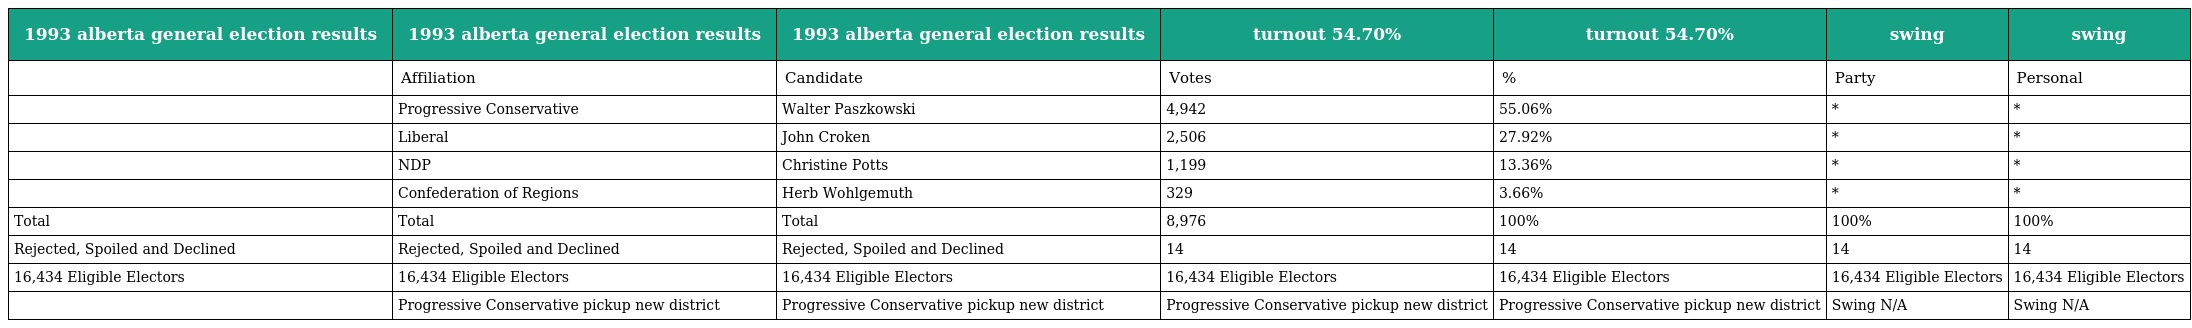
| 1993 alberta general election results | 1993 alberta general election results | 1993 alberta general election results | turnout 54.70% | turnout 54.70% | swing | swing |
 | --- | --- | --- | --- | --- | --- | --- |
 |  | Affiliation | Candidate | Votes | % | Party | Personal |
 |  | Progressive Conservative | Walter Paszkowski | 4,942 | 55.06% | * | * |
 |  | Liberal | John Croken | 2,506 | 27.92% | * | * |
 |  | NDP | Christine Potts | 1,199 | 13.36% | * | * |
 |  | Confederation of Regions | Herb Wohlgemuth | 329 | 3.66% | * | * |
 | Total | Total | Total | 8,976 | 100% | 100% | 100% |
 | Rejected, Spoiled and Declined | Rejected, Spoiled and Declined | Rejected, Spoiled and Declined | 14 | 14 | 14 | 14 |
 | 16,434 Eligible Electors | 16,434 Eligible Electors | 16,434 Eligible Electors | 16,434 Eligible Electors | 16,434 Eligible Electors | 16,434 Eligible Electors | 16,434 Eligible Electors |
 |  | Progressive Conservative pickup new district | Progressive Conservative pickup new district | Progressive Conservative pickup new district | Progressive Conservative pickup new district | Swing N/A | Swing N/A |